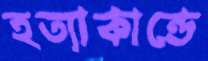
হত্যাকান্ডে